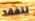
لتفقد